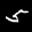
Label: 5